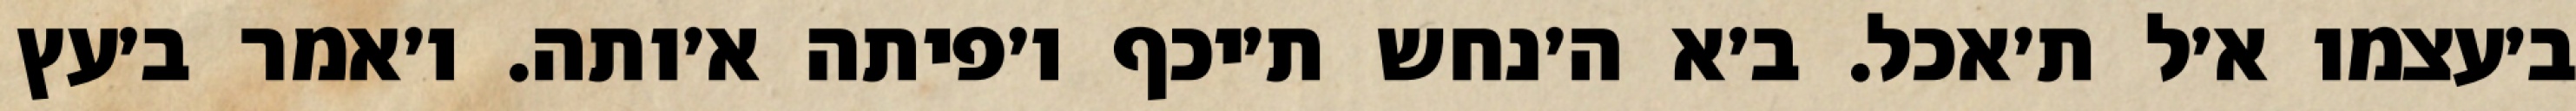
ב׳עצמו א׳ל ת׳אכל. ב׳א ה׳נחש ת׳יכף ו׳פיתה א׳ותה. ו׳אמר ב׳עץ